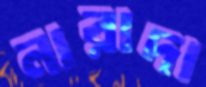
নারাদা